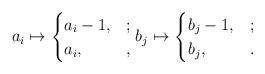
LaTeX: \begin{align*}a_i\mapsto\begin{cases}a_i-1, & ;\\a_i, & ,\end{cases}b_j\mapsto\begin{cases}b_j-1, & ;\\b_j, & .\end{cases}\end{align*}